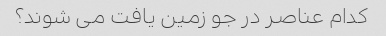
کدام عناصر در جو زمین یافت می شوند؟